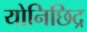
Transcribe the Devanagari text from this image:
योनिछिद्र